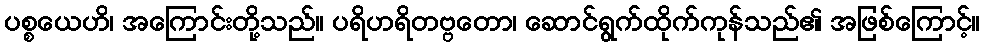
ပစ္စယေဟိ၊ အကြောင်းတို့သည်။ ပရိဟရိတဗ္ဗတော၊ ဆောင်ရွက်ထိုက်ကုန်သည်၏ အဖြစ်ကြောင့်။